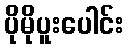
ပိုမိုပူးပေါင်း